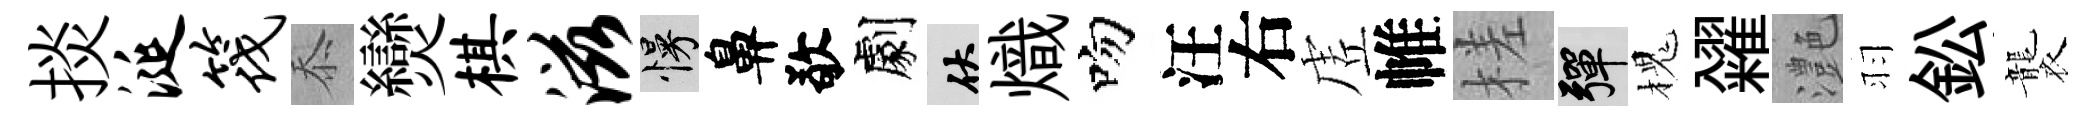
掞涎筏忝𤓖棋滋慢鼻敬劇伏熾吻汪右虗帷槎彈槐糴灔羽鈆襲